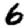
Digit: 6